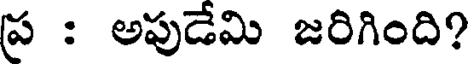
ప్ర : అపుడేమి జరిగింది?